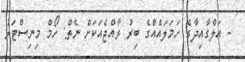
- އަލްގާއިދާގެ ހަމަލައެއްގެ ބިރު ރާއްޖެއަކަށް ނެތް: ހޯމް މިނިސްޓަރު